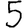
Digit: 5